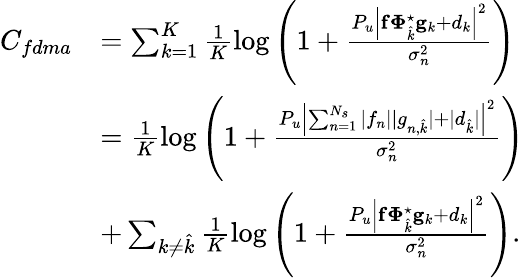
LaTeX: \begin{array}{rl}{C_{fdma}}&{=\sum_{k=1}^{K}\frac{1}{K}\log\left(1+\frac{P_{u}\Bigl|\mathbf{f}\boldsymbol{\Phi}_{\hat{k}}^{\star}\mathbf{g}_{k}+d_{k}\Bigr|^{2}}{\sigma_{n}^{2}}\right)}\\ &{=\frac{1}{K}\log\left(1+\frac{P_{u}\Bigl|\sum_{n=1}^{N_{s}}|f_{n}||g_{n,{\hat{k}}}|+|d_{\hat{k}}|\Bigr|^{2}}{\sigma_{n}^{2}}\right)}\\ &{+\sum_{k\neq{\hat{k}}}\frac{1}{K}\log\left(1+\frac{P_{u}\Bigl|\mathbf{f}\boldsymbol{\Phi}_{\hat{k}}^{\star}\mathbf{g}_{k}+d_{k}\Bigr|^{2}}{\sigma_{n}^{2}}\right).}\end{array}